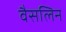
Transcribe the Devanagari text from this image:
वैसलिन